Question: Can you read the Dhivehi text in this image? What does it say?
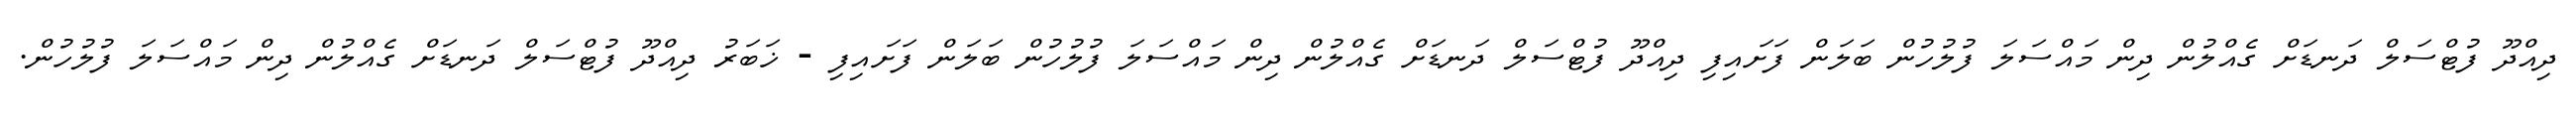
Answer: ދިއްދޫ ފުޓްސަލް ދަނޑަށް ގެއްލުން ދިން މައްސަލަ ފުލުހުން ބަލަން ފަށައިފި ދިއްދޫ ފުޓްސަލް ދަނޑަށް ގެއްލުން ދިން މައްސަލަ ފުލުހުން ބަލަން ފަށައިފި - ޚަބަރު ދިއްދޫ ފުޓްސަލް ދަނޑަށް ގެއްލުން ދިން މައްސަލަ ފުލުހުން.